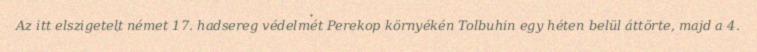
Az itt elszigetelt német 17. hadsereg védelmét Perekop környékén Tolbuhin egy héten belül áttörte, majd a 4.